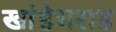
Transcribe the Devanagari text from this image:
खांडेभराड